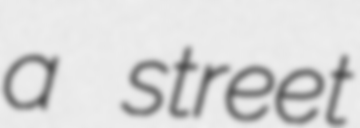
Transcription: a street